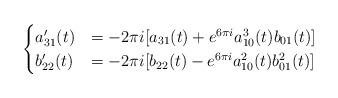
LaTeX: \begin{align*}\begin{cases}a_{31}^{\prime} (t) & = -2\pi i [ a_{31} (t) + e^{6\pi i} a_{10}^3 (t) b_{01} (t)] \\b_{22}^{\prime} (t) & = -2\pi i [ b_{22} (t) - e^{6\pi i} a_{10}^2 (t) b_{01}^2 (t)]\end{cases}\end{align*}